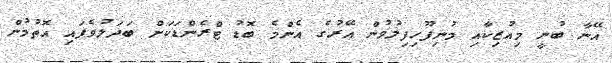
އޭނާ ބުނީ މިއުޒިކާއި މުނިފޫހިފިލުވުން އޭރުގެ އެންމެ ބޮޑު ޓްރެންޑަކަށް ބަދަލުވެފައި އޮތުމުން